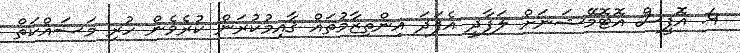
4. އޮފީސް އޮޓޮމޭޝަނަށް ލަފާދީ އެފަދަ އިންތިޒާމުތައް ޤާއިމުކުރަން ކުރެވެން ހުރި މަސައްކަތް